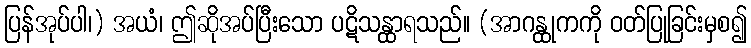
ပြန်အုပ်ပါ၊) အယံ၊ ဤဆိုအပ်ပြီးသော ပဋိသန္ထာရသည်။ (အာဂန္ထုကကို ဝတ်ပြုခြင်းမှစ၍